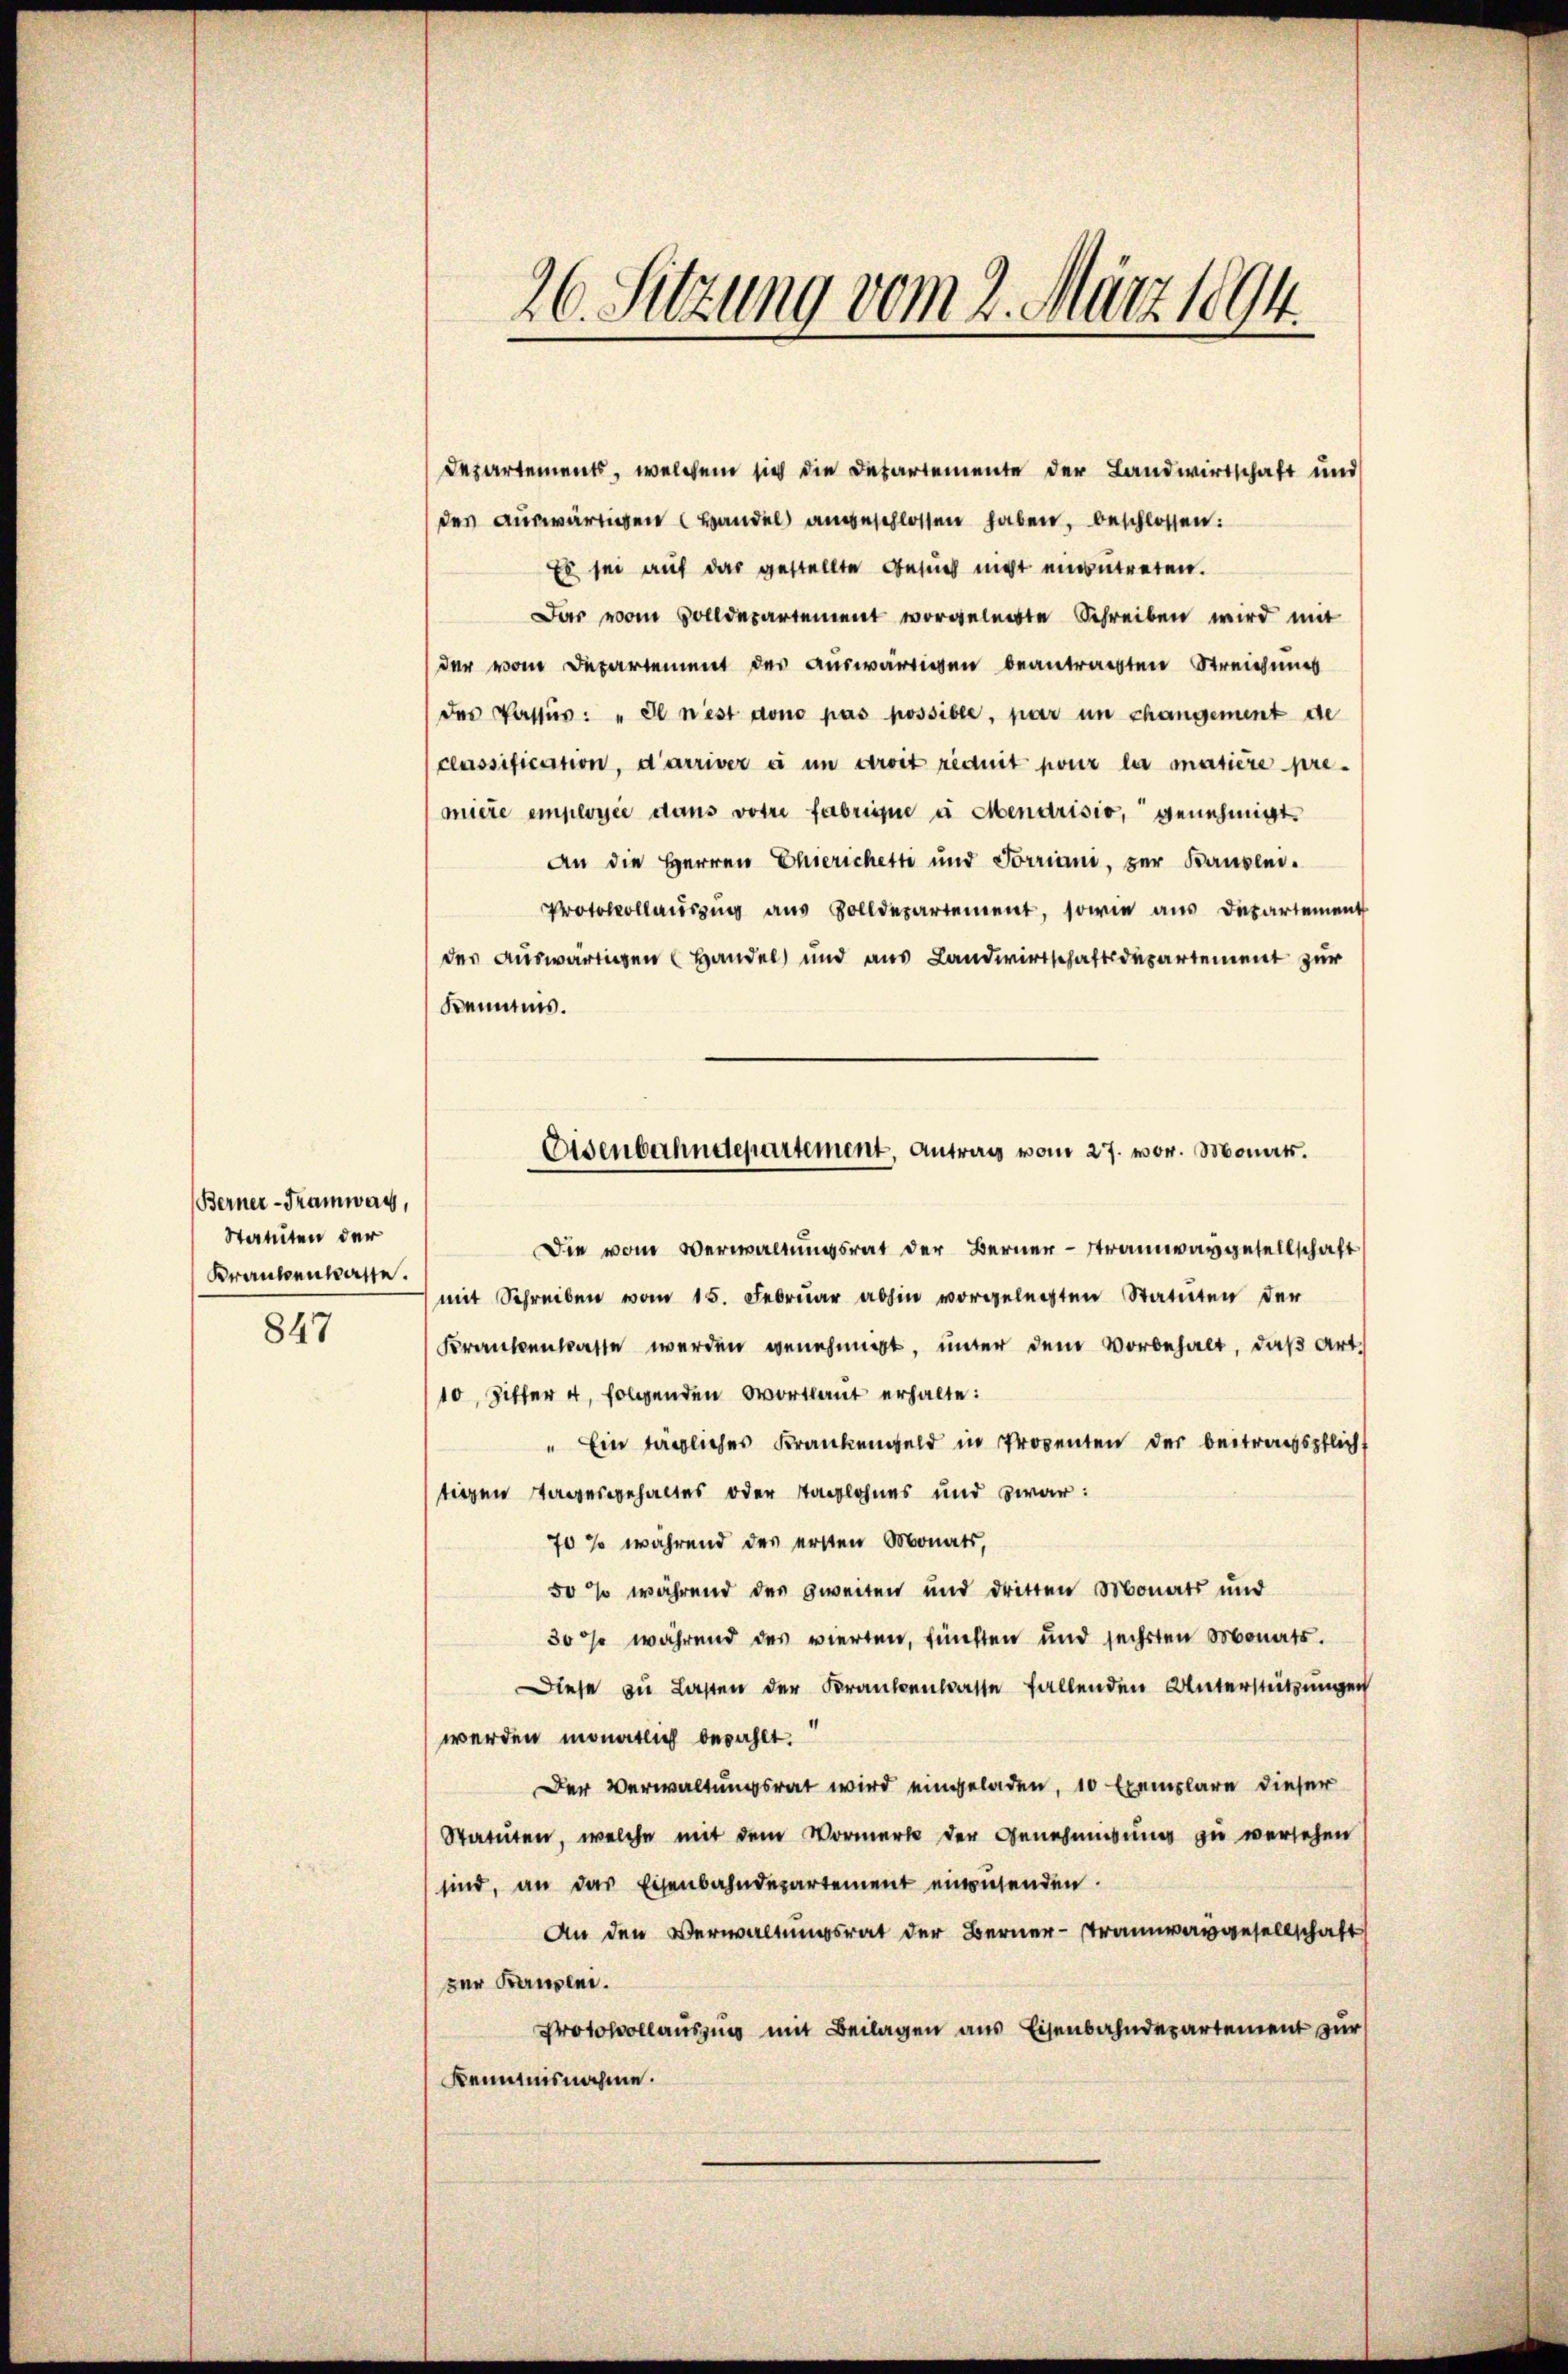
Berner-Tramwag,
Statuten der
Krankenkasse.

847

26. Sitzung vom 2. März 1804.

Departements, welchem sich die Departemente der Landwirtschaft und
des auswärtigen (Handel angeschlossen haben, beschlossen:
Es sei auf das gestellte Besuch nicht anzutreten.
Das vom Volldepartement vorgeleite Schreiben wird mit
der vom Departement des auswärtigen beantragten Streichungs
des Passus: " Il n’est dono pas possible, par un changement de
ceussification, d’arriver à in droit réduit pour la matière pre-
miere employée dans votre fabrige u Mendrisio, genehmigt.
An die Herren Ehrerichetti und Torriani, zur Kanzlei-
Protokollaŭszŭg aŭs Zolldepartement, sowie aus Departement
des auswärtigen Handel und aus Landwirtschaftsdepartement zur
Kenntnis.
Die vom Verwaltungsrat der Berner-Stramwaygesellschaft
mit Schreiben vom 15. Febrŭar abhin vorgelegten Statuten der
Krankenkasse werden genehmigt, unter dem Vorbehalt, daß Art.
10, Ziffer 4, folgenden Wortlaut erhalte:
" Ein tägliches Krankengeld in Propenten der beitragspflich
tigen Hausegehaltes oder Taglohnes und zwar:
70 % während des ersten Monats,
50% während des zweiten und dritten Monats und
30 % während des vierten, fünften und sechsten Monats.
Diese zu Lasten der Krankenkasse fallenden Unterstützungen
werden monatlich bezahlt.
Der Verwaltungsrat wird eingeladen, 10 Exemplare dieser
Statuten, welche mit dem Vormerk der Genehmigung zu versehen
sind, an das Eisenbahndepartement einzusenden.
An den Verwaltungsrat der Berner-Tramwargesellschaft
zur Kanzlei.
Protokollausung mit Beilagen aus Eisenbahndepartement zur
Kenntnisnahme.

Eisenbahndepartement, Antrag vom 27. vor. Monat.